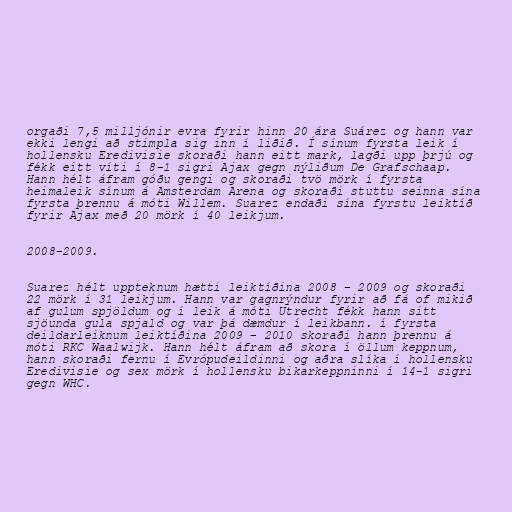
orgaði 7,5 milljónir evra fyrir hinn 20 ára Suárez og hann var
ekki lengi að stimpla sig inn í liðið. Í sínum fyrsta leik í
hollensku Eredivisie skoraði hann eitt mark, lagði upp þrjú og
fékk eitt víti í 8-1 sigri Ajax gegn nýliðum De Grafschaap.
Hann hélt áfram góðu gengi og skoraði tvö mörk í fyrsta
heimaleik sínum á Amsterdam Arena og skoraði stuttu seinna sína
fyrsta þrennu á móti Willem. Suarez endaði sína fyrstu leiktíð
fyrir Ajax með 20 mörk í 40 leikjum.

2008-2009.

Suarez hélt uppteknum hætti leiktíðina 2008 – 2009 og skoraði
22 mörk í 31 leikjum. Hann var gagnrýndur fyrir að fá of mikið
af gulum spjöldum og í leik á móti Utrecht fékk hann sitt
sjöunda gula spjald og var þá dæmdur í leikbann. í fyrsta
deildarleiknum leiktíðina 2009 – 2010 skoraði hann þrennu á
móti RKC Waalwijk. Hann hélt áfram að skora í öllum keppnum,
hann skoraði fernu í Evrópudeildinni og aðra slíka í hollensku
Eredivisie og sex mörk í hollensku bikarkeppninni í 14-1 sigri
gegn WHC.